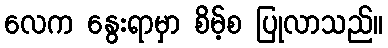
လေက နွေးရာမှာ စိမ့်စ ပြုလာသည်။